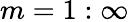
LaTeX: m=1:\infty